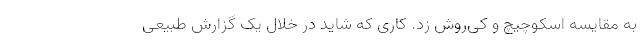
به مقایسه اسکوچیچ و کی‌روش زد. کاری که شاید در خلال یک گزارش طبیعی